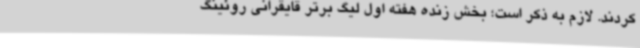
کردند. لازم به ذکر است؛ بخش زنده هفته اول لیگ برتر قایقرانی روئینگ